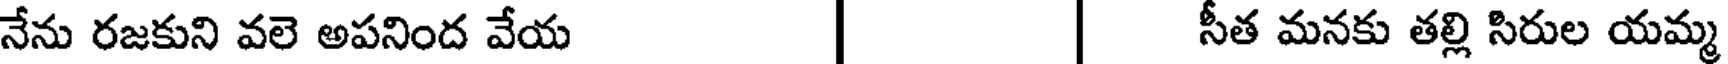
నేను రజకుని వలె అపనింద వేయ | | సీత మనకు తల్లి సిరుల యమ్మ